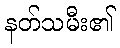
နတ်သမီး၏